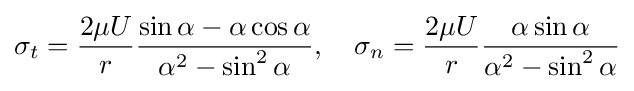
\sigma _{t}={\frac {2\mu U}{r}}{\frac {\sin \alpha -\alpha \cos \alpha }{\alpha ^{2}-\sin ^{2}\alpha }},\quad \sigma _{n}={\frac {2\mu U}{r}}{\frac {\alpha \sin \alpha }{\alpha ^{2}-\sin ^{2}\alpha }}